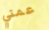
عمتي